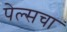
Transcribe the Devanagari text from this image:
पेल्सचा